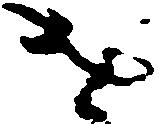
を